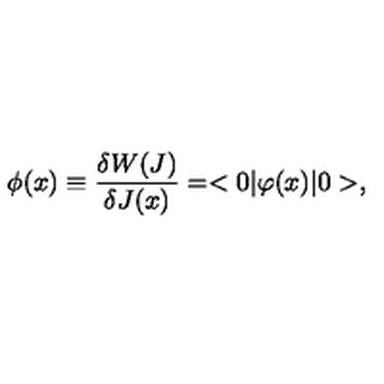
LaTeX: \phi ( x ) \equiv { \frac { \delta W ( J ) } { \delta J ( x ) } } = < 0 | \varphi ( x ) | 0 > ,